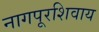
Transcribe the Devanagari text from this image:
नागपूरशिवाय